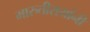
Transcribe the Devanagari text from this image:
मारुतीरायांनी